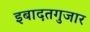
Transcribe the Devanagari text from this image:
इबादतगुजार